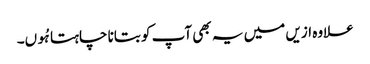
علاوہ ازیں میں یہ بھی آپ کو بتانا چاہتا ہُوں۔